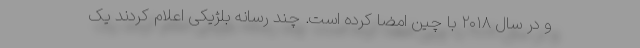
و در سال ۲۰۱۸ با چین امضا کرده است. چند رسانه بلژیکی اعلام کردند یک